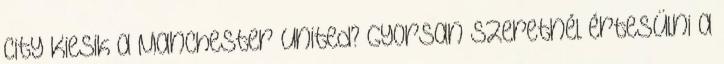
City Kiesik a Manchester United? Gyorsan szeretnél értesülni a